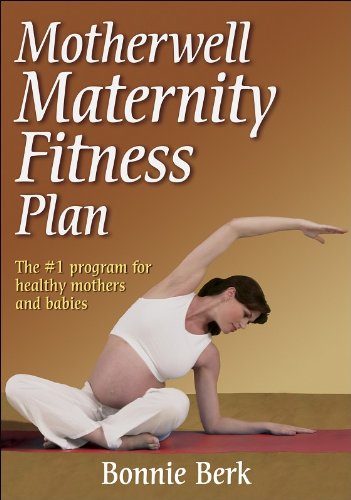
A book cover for Motherwell Maternity Fitness Plan; Bonnie Berk; Health, Fitness & Dieting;